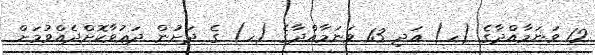
12 ވަނަމާއްދާގެ (ހ) އަދި 13 ވަނަމާއްދާގެ (ހ) ގެ ދަށުން ދަޢުވާކޮށްދެއްވުމަށް